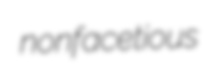
nonfacetious